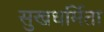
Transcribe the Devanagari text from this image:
सुखधर्मिता